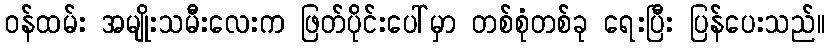
ဝန်ထမ်း အမျိုးသမီးလေးက ဖြတ်ပိုင်းပေါ်မှာ တစ်စုံတစ်ခု ရေးပြီး ပြန်ပေးသည်။